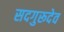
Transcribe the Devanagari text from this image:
सदगुरूदेव